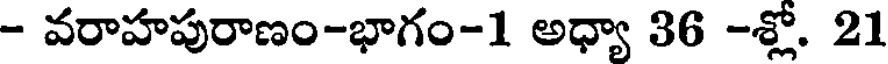
- వరాహపురాణం-భాగం-1 అధ్యా 36 -శ్లో. 21